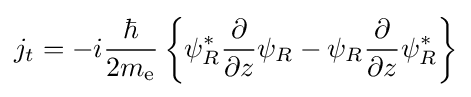
j_{t}=-i{\frac {\hbar }{2m_{\text{e}}}}\left\{\psi _{R}^{*}{\frac {\partial }{\partial z}}\psi _{R}-\psi _{R}{\frac {\partial }{\partial z}}\psi _{R}^{*}\right\}